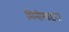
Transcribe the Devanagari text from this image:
मिनीमाइज